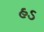
હડ